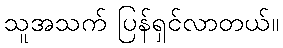
သူအသက် ပြန်ရှင်လာတယ်။